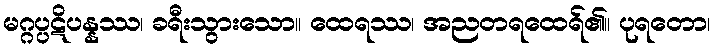
မဂ္ဂပ္ပဋိပန္နဿ၊ ခရီးသွားသော။ ထေရဿ၊ အညတရထေရ်၏။ ပုရတော၊